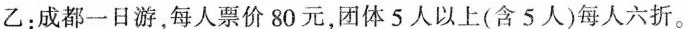
乙：成都一日游，每人票价80元，团体5人以上(含5人)每人六折。